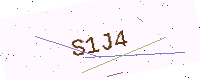
Text: S1J4